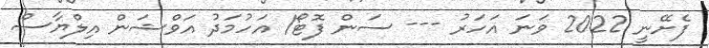
ފެށޭނީ 2022 ވަނަ އަހަރު --- ސަން ފޮޓޯ/ އަހުމަދު އަވްޝަން އިލްޔާސް